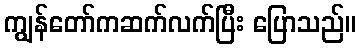
ကျွန်တော်ကဆက်လက်ပြီး ပြောသည်။